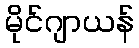
မိုင်ဂျာယန်